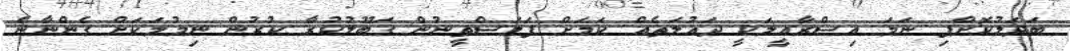
ބަދަލުކޮށްފި ނަމަ އިސްރާއީލަކީ ދައުލަތެއް ކަމަށް ފަލަސްތީނުން ގަބޫލުކުރާ ކުރުން ނިމުމަކަށް ގެންނާނެ